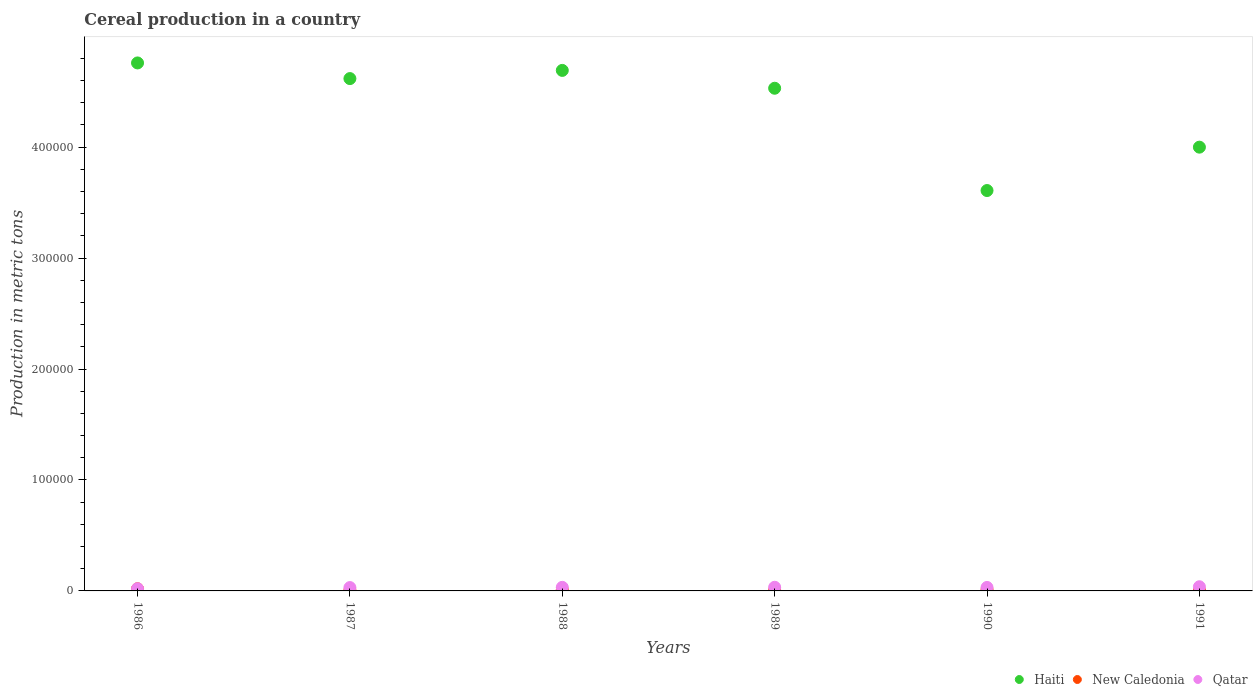
| Years | Haiti | New Caledonia | Qatar |
 | --- | --- | --- | --- |
 | 1986 | 4.76e+05 | 1.95e+03 | 1.98e+03 |
 | 1987 | 4.62e+05 | 692 | 3.02e+03 |
 | 1988 | 4.69e+05 | 999 | 3.22e+03 |
 | 1989 | 4.53e+05 | 792 | 3.3e+03 |
 | 1990 | 3.61e+05 | 1.24e+03 | 3.14e+03 |
 | 1991 | 4e+05 | 736 | 3.75e+03 |